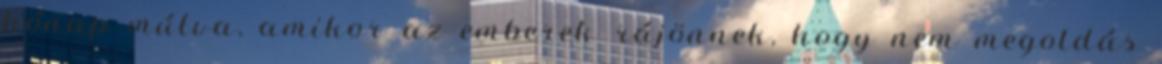
hónap múlva, amikor az emberek rájönnek, hogy nem megoldás